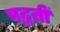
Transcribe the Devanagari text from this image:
पद्धतीं